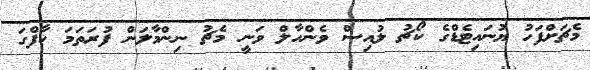
މެޗަށްފަހު ޔުނައިޓެޑްގެ ކޯޗު ލުއިސް ވެންހާލް ވަނީ މެޗު ނިންމާލަން ފުރަތަމަ ހާފްގަ